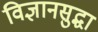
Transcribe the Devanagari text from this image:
विज्ञानसुद्धा